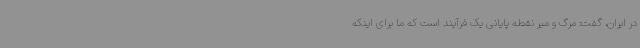
در ایران، گفت: مرگ و میر نقطه پایانی یک فرآیند است که ما برای اینکه